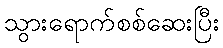
သွားရောက်စစ်ဆေးပြီး